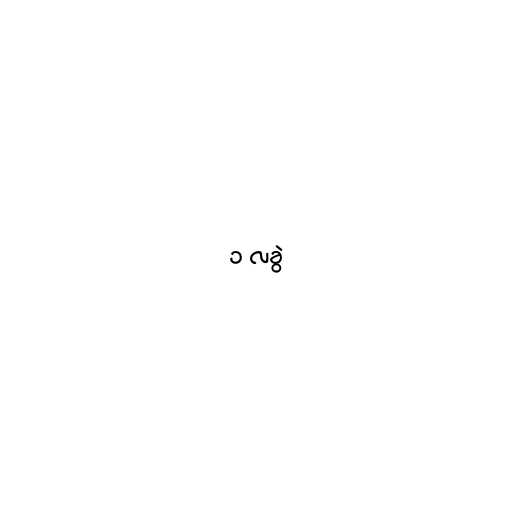
၁ လခွဲ